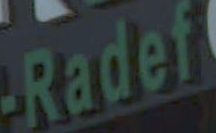
Radef